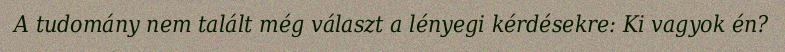
A tudomány nem talált még választ a lényegi kérdésekre: Ki vagyok én?